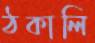
ঠকালি